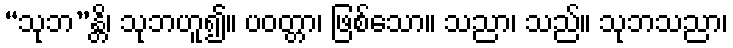
“သုဘ”န္တိ၊ သုဘဟူ၍။ ပဝတ္တာ၊ ဖြစ်သော။ သညာ၊ သည်။ သုဘသညာ၊